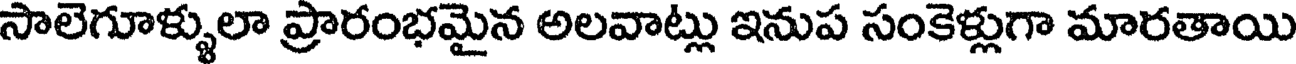
సాలెగూళ్ళులా ప్రారంభమైన అలవాట్లు ఇనుప సంకెళ్లుగా మారతాయి